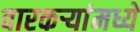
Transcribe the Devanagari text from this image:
वारकऱ्यांमध्ये